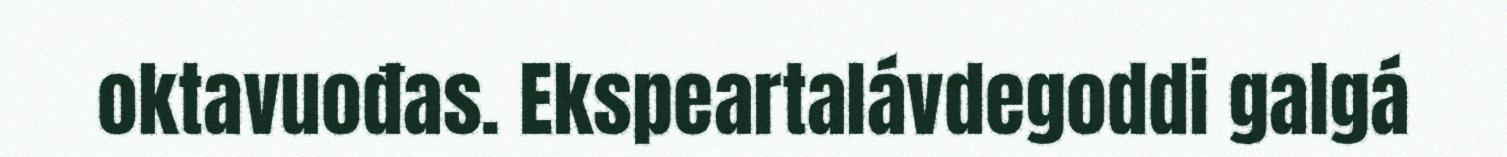
oktavuođas. Ekspeartalávdegoddi galgá